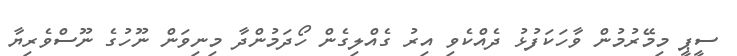
ސީޕީ މިމޭރުމުން ވާހަކަފުޅު ދެއްކެވި އިރު ގެއްލިގެން ހޯދަމުންދާ މިނިވަން ނޫހުގެ ނޫސްވެރިޔާ